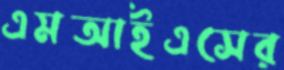
এমআইএসের